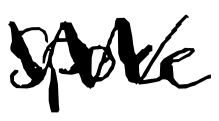
Text: spoke
Cross-out: zig-zag
Writing tool: digital_black